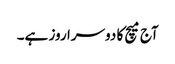
آج میچ کا دوسرا روز ہے۔